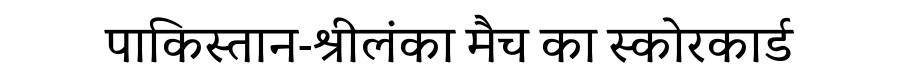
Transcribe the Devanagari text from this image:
पाकिस्तान-श्रीलंका मैच का स्कोरकार्ड